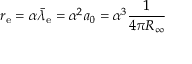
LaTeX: r _ { \mathrm { e } } = \alpha { \bar { \lambda } } _ { \mathrm { e } } = \alpha ^ { 2 } a _ { 0 } = \alpha ^ { 3 } { \frac { 1 } { 4 \pi R _ { \infty } } }